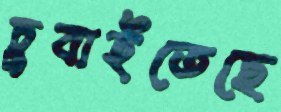
চুবাইতেছে